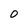
Character: 0